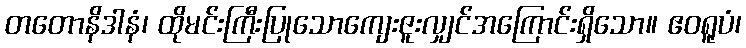
တတောနိဒါနံ၊ ထိုမင်းကြီးပြုသောကျေးဇူးလျှင်အကြောင်းရှိသော။ ဧဝရူပံ၊